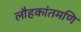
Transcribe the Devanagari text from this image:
लौहकांतमणि